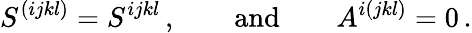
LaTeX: S^{(ijkl)}=S^{ijkl}\, ,\qquad\mathrm{and}\qquad A^{i(jkl)}=0\, .